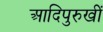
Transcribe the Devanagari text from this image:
आदिपुरुखीं